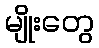
မျိုးတွေ